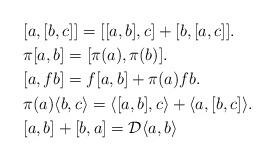
LaTeX: \begin{align*} & [a,[b,c]]=[[a,b],c]+[b,[a,c]]. \\& \pi[a,b]=[\pi(a),\pi(b)]. \\& [a,fb]=f[a,b]+\pi(a)fb. \\& \pi(a)\langle b,c\rangle=\langle [a,b],c \rangle+\langle a,[b,c] \rangle. \\&[a,b]+[b,a]=\mathcal{D}\langle a,b \rangle \end{align*}